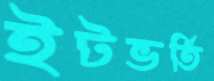
ইটভর্তি